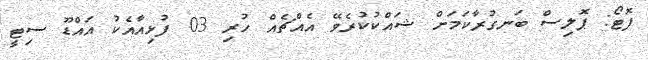
ފޮޓޯ: ޕޮލިސް ބަނގުރާކަމަށް ޝައްކުކުރެވޭ އެއްޗެއް ހުރި 03 ފުޅިއާއެކު އައްޑޫ ސިޓީ